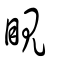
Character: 睍